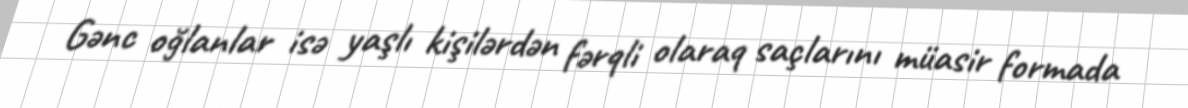
Gənc oğlanlar isə yaşlı kişilərdən fərqli olaraq saçlarını müasir formada